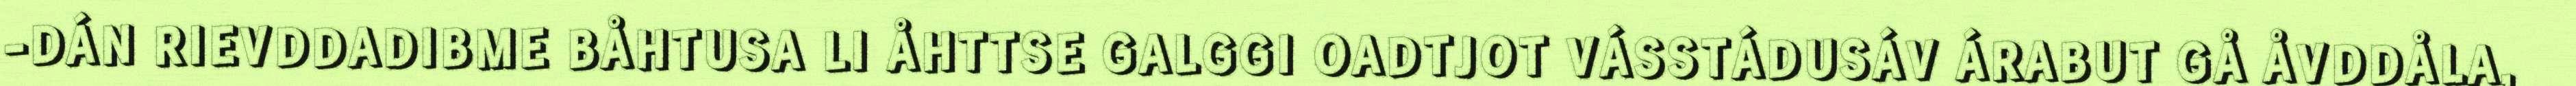
-DÁN RIEVDDADIBME BÅHTUSA LI ÅHTTSE GALGGI OADTJOT VÁSSTÁDUSÁV ÁRABUT GÅ ÅVDDÅLA,